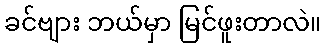
ခင်ဗျား ဘယ်မှာ မြင်ဖူးတာလဲ။